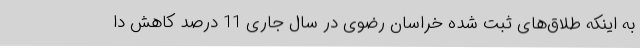
به اینکه طلاق‌های ثبت شده خراسان رضوی در سال جاری 11 درصد کاهش دا